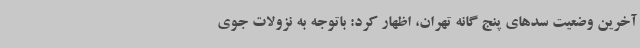
آخرین وضعیت سدهای پنج گانه تهران، اظهار کرد: باتوجه به نزولات جوی